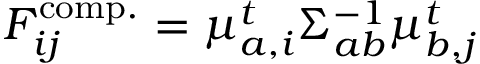
\begin{array} { r } { F _ { i j } ^ { \mathrm { c o m p . } } = \mu _ { a , i } ^ { t } { \Sigma } _ { a b } ^ { - 1 } \mu _ { b , j } ^ { t } } \end{array}